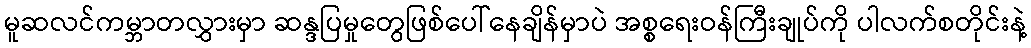
မူဆလင်ကမ္ဘာတလွှားမှာ ဆန္ဒပြမှုတွေဖြစ်ပေါ်နေချိန်မှာပဲ အစ္စရေးဝန်ကြီးချုပ်ကို ပါလက်စတိုင်းနဲ့